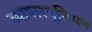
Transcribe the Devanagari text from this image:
व्यापारयूनियन